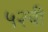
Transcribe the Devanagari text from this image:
५२बी